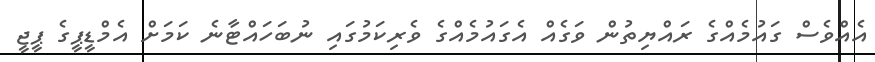
އެއްވެސް ގައުމެއްގެ ރައްޔިތުން ވަގެއް އެގައުމެއްގެ ވެރިކަމުގައި ނުބަހައްޓާނެ ކަމަށް އެމްޑީޕީގެ ޕީޖީ